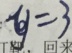
y = 3